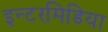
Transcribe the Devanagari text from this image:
इन्टरमिडिया